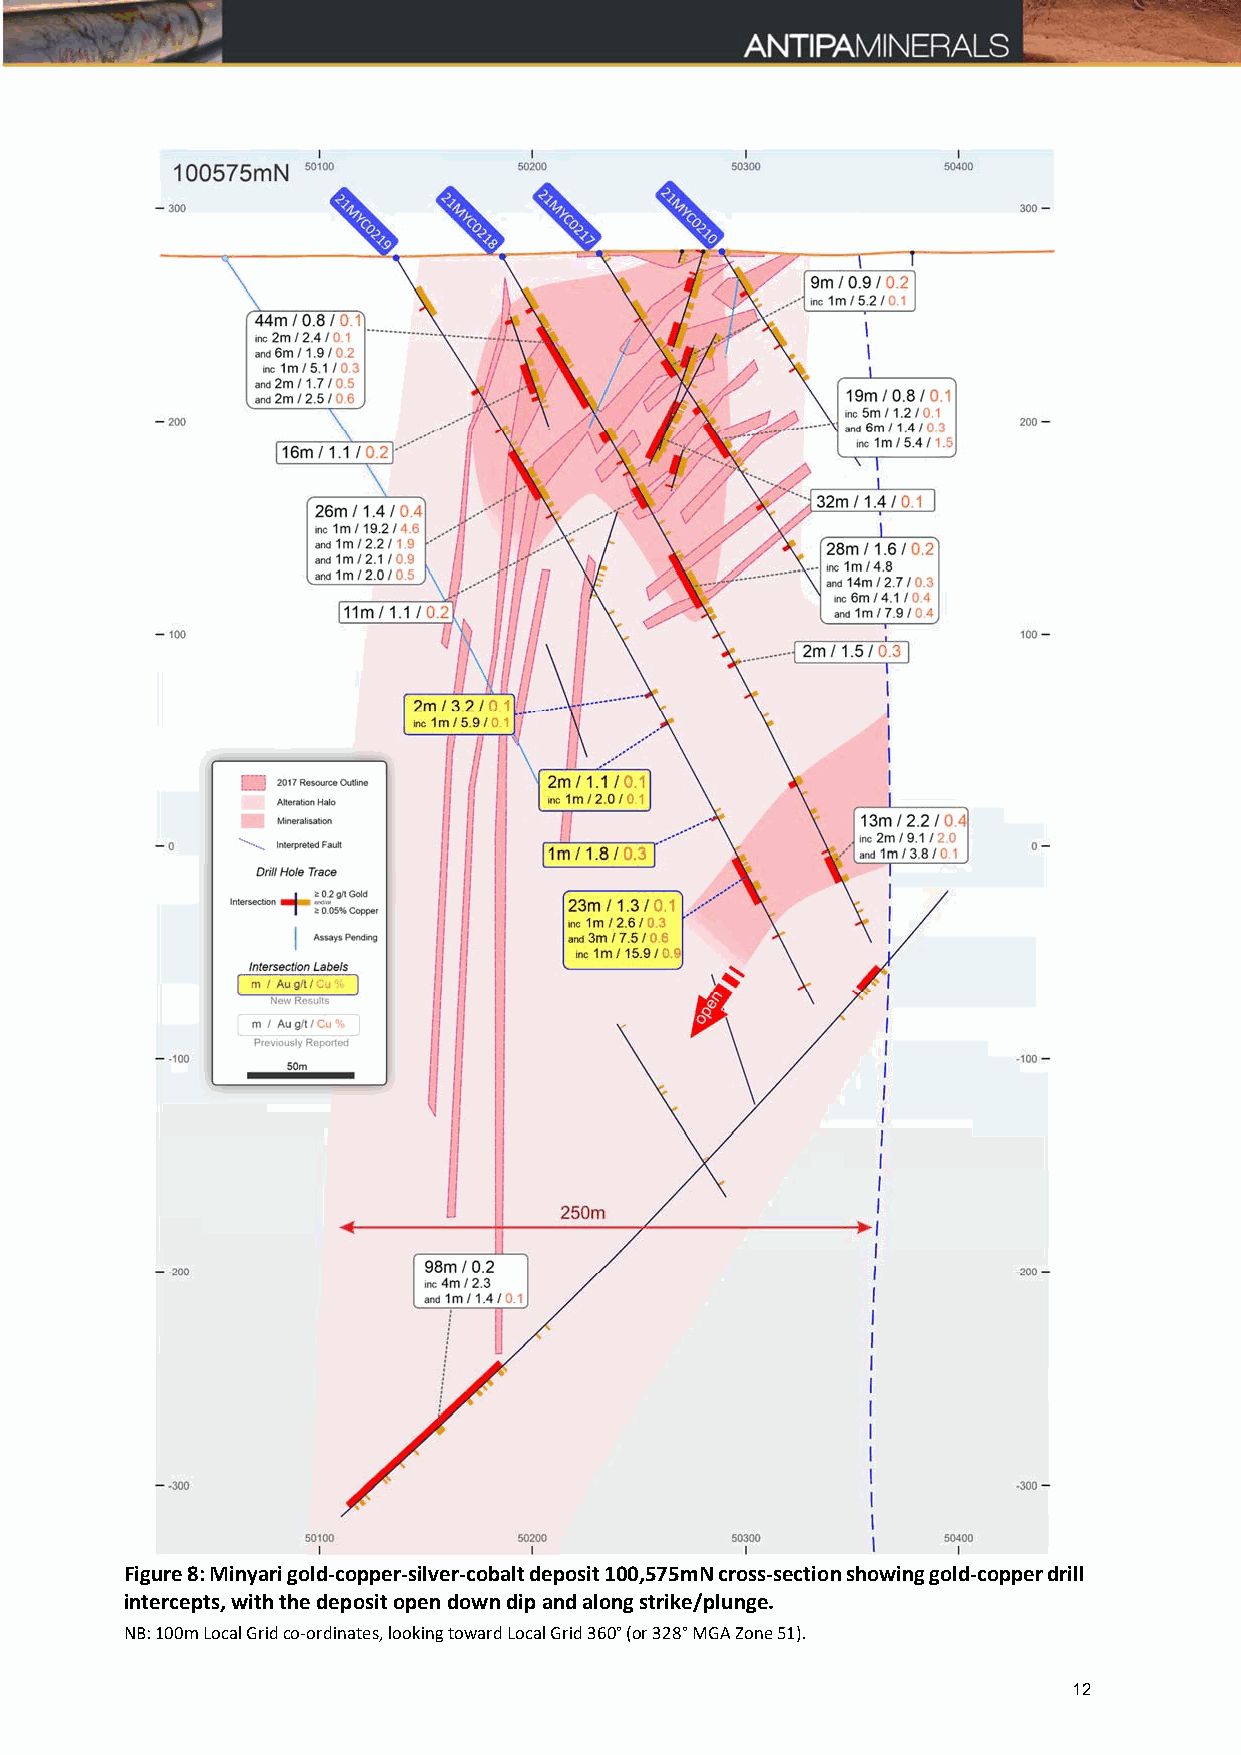
Figure 8: Minyari gold-copper-silver-cobalt deposit 100,575mN cross-section showing gold-copper drill
 intercepts, with the deposit open down dip and along strike/plunge.
 NB: 100m Local Grid co‐ordinates, looking toward Local Grid 360° (or 328° MGA Zone 51).
 12